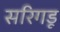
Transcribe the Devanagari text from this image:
सरिगडू